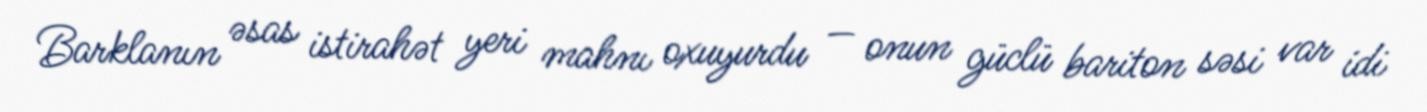
Barklanın əsas istirahət yeri mahnı oxuyurdu — onun güclü bariton səsi var idi